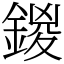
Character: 鍐